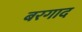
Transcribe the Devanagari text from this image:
बरगाद